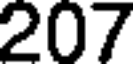
207